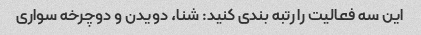
این سه فعالیت را رتبه بندی کنید: شنا، دویدن و دوچرخه سواری